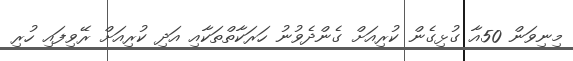
މިނިވަން 50އާ ގުޅިގެން ކުރިއަށް ގެންދެވުނު ހަރަކާތްތަކާއި އަދި ކުރިއަށް ރޭވިފައި ހުރި